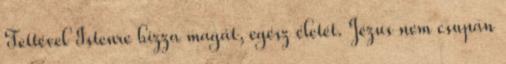
Tettével Istenre bízza magát, egész életét. Jézus nem csupán